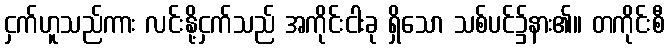
ငှက်ဟူသည်ကား လင်းနို့ငှက်သည် အကိုင်းငါးခု ရှိသော သစ်ပင်၌နား၏။ တကိုင်းစီ